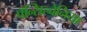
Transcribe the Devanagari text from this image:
पॅन्सिल्वेनिया